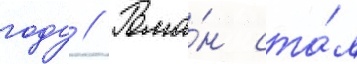
году // Рома́н ста́л